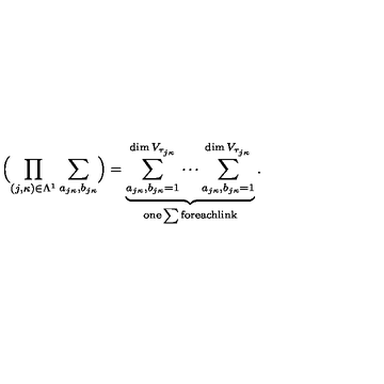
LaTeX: \Bigl ( \prod _ { ( j , \kappa ) \in \Lambda ^ { 1 } } \sum _ { a _ { j \kappa } , b _ { j \kappa } } \Bigr ) = \underbrace { \sum _ { a _ { j \kappa } , b _ { j \kappa } = 1 } ^ { \dim V _ { \tau _ { j \kappa } } } \cdots \sum _ { a _ { j \kappa } , b _ { j \kappa } = 1 } ^ { \dim V _ { \tau _ { j \kappa } } } } _ { \mathrm { o n e \sum f o r e a c h l i n k } } .